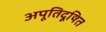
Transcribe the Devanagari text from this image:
अपूतिदूषित